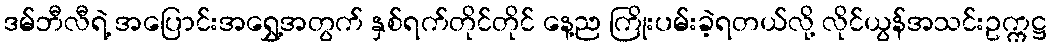
ဒမ်ဘီလီရဲ့ အပြောင်းအရွှေ့အတွက် နှစ်ရက်တိုင်တိုင် နေ့ည ကြိုးပမ်းခဲ့ရတယ်လို့ လိုင်ယွန်အသင်းဥက္ကဋ္ဌ